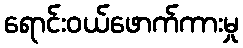
ရောင်းဝယ်ဖောက်ကားမှု